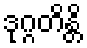
ဒုဂ္ဂတိန္တိ